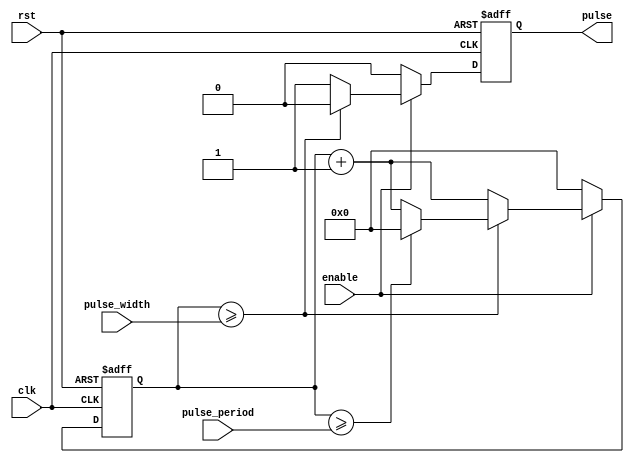
module PulseGenerator (
  input wire clk,
  input wire rst,
  input wire enable,
  input wire [7:0] pulse_width,
  input wire [7:0] pulse_period,
  output reg pulse
);

reg [7:0] counter;

always @(posedge clk or posedge rst) begin
  if (rst) begin
    pulse <= 0;
    counter <= 0;
  end else begin
    if (enable) begin
      if (counter >= pulse_width) begin
        pulse <= 0;
        if (counter >= pulse_period) begin
          counter <= 0;
        end else begin
          counter <= counter + 1;
        end
      end else begin
        pulse <= 1;
        counter <= counter + 1;
      end
    end else begin
      pulse <= 0;
      counter <= 0;
    end
  end
end

endmodule